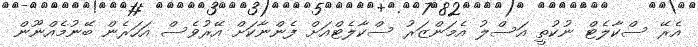
އެރޭ ސްކާލެޓް ނުކުތީ އަސްލު އެމަންޒަރު ސްކާލެޓްއަށް ފެންނާކަށް އޭރުވެސް އަހަރެން ބޭނުމެއްނޫން